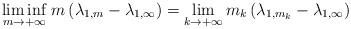
LaTeX: \begin{align*}\underset{m\to +\infty}{\lim \inf}\;m\left(\lambda_{1,m}-\lambda_{1,\infty}\right) = \lim_{k\to +\infty} m_k\left(\lambda_{1,m_k}-\lambda_{1,\infty}\right)\end{align*}